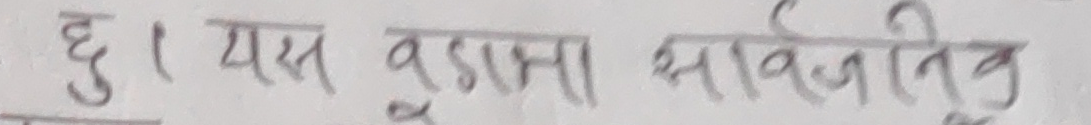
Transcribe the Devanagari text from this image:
छु । यस बडा सार्वजनिक